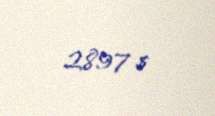
2897 $